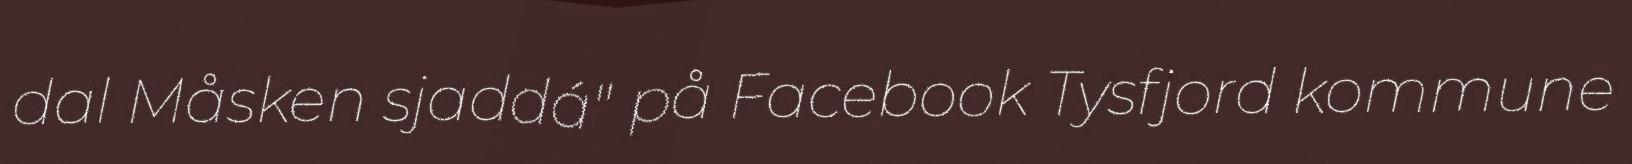
dal Måsken sjaddá" på Facebook Tysfjord kommune